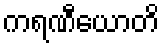
ကရဏီယောတိ